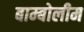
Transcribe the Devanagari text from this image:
बाम्बोलीम